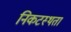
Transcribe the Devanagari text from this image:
निकटस्थता